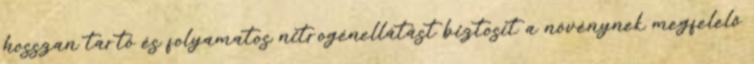
hosszan tartó és folyamatos nitrogénellátást biztosít a növénynek megfelelő